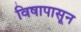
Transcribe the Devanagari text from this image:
विषापासून